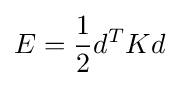
E={\frac {1}{2}}d^{T}Kd